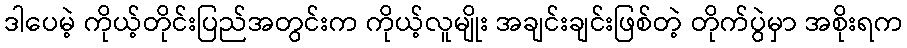
ဒါပေမဲ့ ကိုယ့်တိုင်းပြည်အတွင်းက ကိုယ့်လူမျိုး အချင်းချင်းဖြစ်တဲ့ တိုက်ပွဲမှာ အစိုးရက